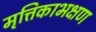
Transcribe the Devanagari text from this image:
मृत्तिकाभक्षण